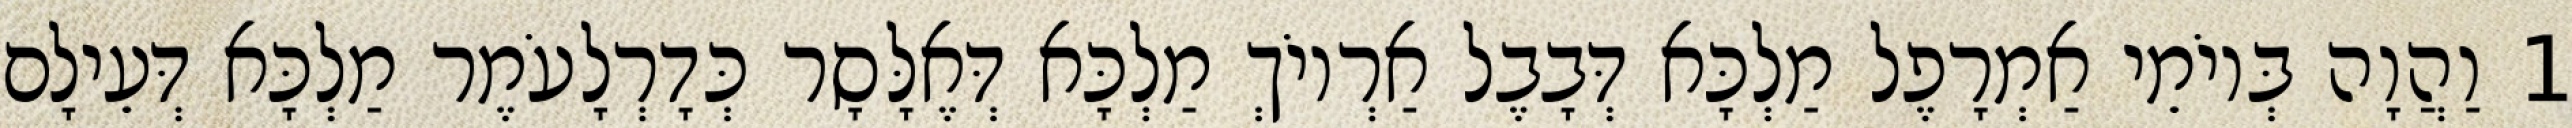
1 וַהֲוָה בְּיוֹמֵי אַמְרָפֶל מַלְכָּא דְּבָבֶל אַרְיוֹךְ מַלְכָּא דְּאֶלָּסָר כְּדָרְלָעֹמֶר מַלְכָּא דְּעֵילָם